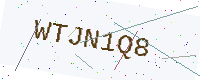
Text: WTJN1Q8